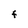
Character: F